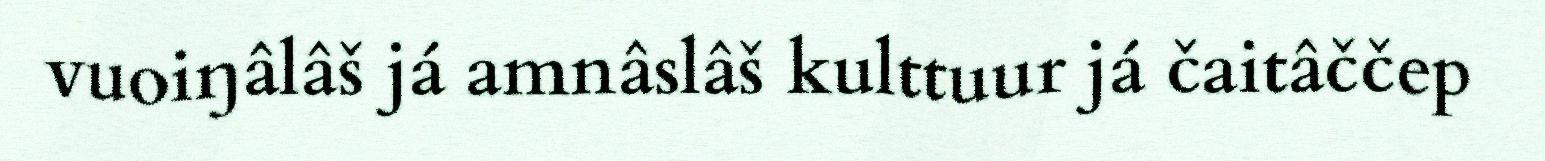
vuoiŋâlâš já amnâslâš kulttuur já čaitâččep